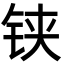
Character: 铗